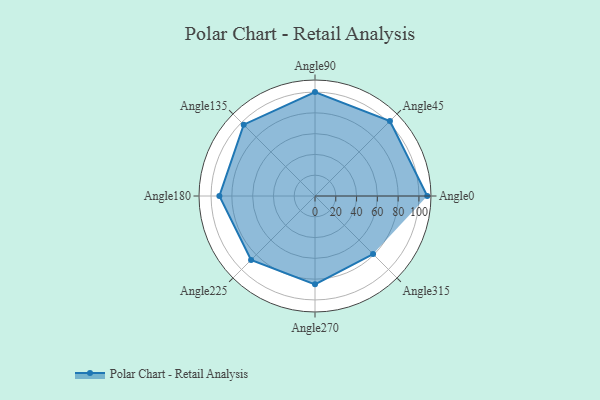
{"axis": {"x": "Angle", "y": "Radius"}, "legend": [""], "data": [{"x": "Angle0", "y": 108.0, "type": ""}, {"x": "Angle45", "y": 102.0, "type": ""}, {"x": "Angle90", "y": 100.0, "type": ""}, {"x": "Angle135", "y": 97.0, "type": ""}, {"x": "Angle180", "y": 92.0, "type": ""}, {"x": "Angle225", "y": 87.0, "type": ""}, {"x": "Angle270", "y": 85.0, "type": ""}, {"x": "Angle315", "y": 79.0, "type": ""}]}